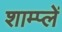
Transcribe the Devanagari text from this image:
शाम्प्लें